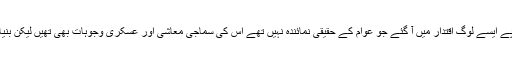
گزشتہ 70 سال میں آزادی کے ثمرات عام آدمی تک اس لئے نہیں پہنچ سکے کہ ملک میں پے در پے ایسے لوگ اقتدار میں آ گئے جو عوام کے حقیقی نمائندہ نہیں تھے اس کی سماجی معاشی اور عسکری وجوہات بھی تھیں لیکن بنیادی طور پر سیاست اور جمہوریت میں وسیع سرمایہ کاری نے ملک کو ناقابل تلافی نقصان پہنچایا۔